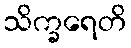
သိက္ခရေတိ